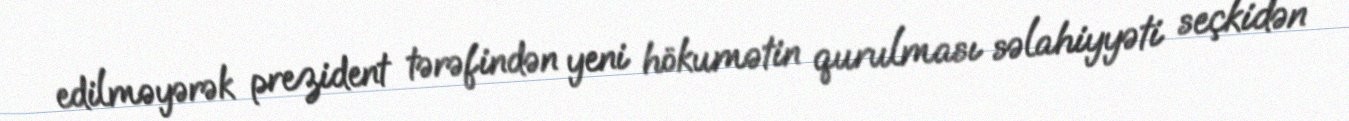
edilməyərək prezident tərəfindən yeni hökumətin qurulması səlahiyyəti seçkidən